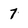
Character: 7